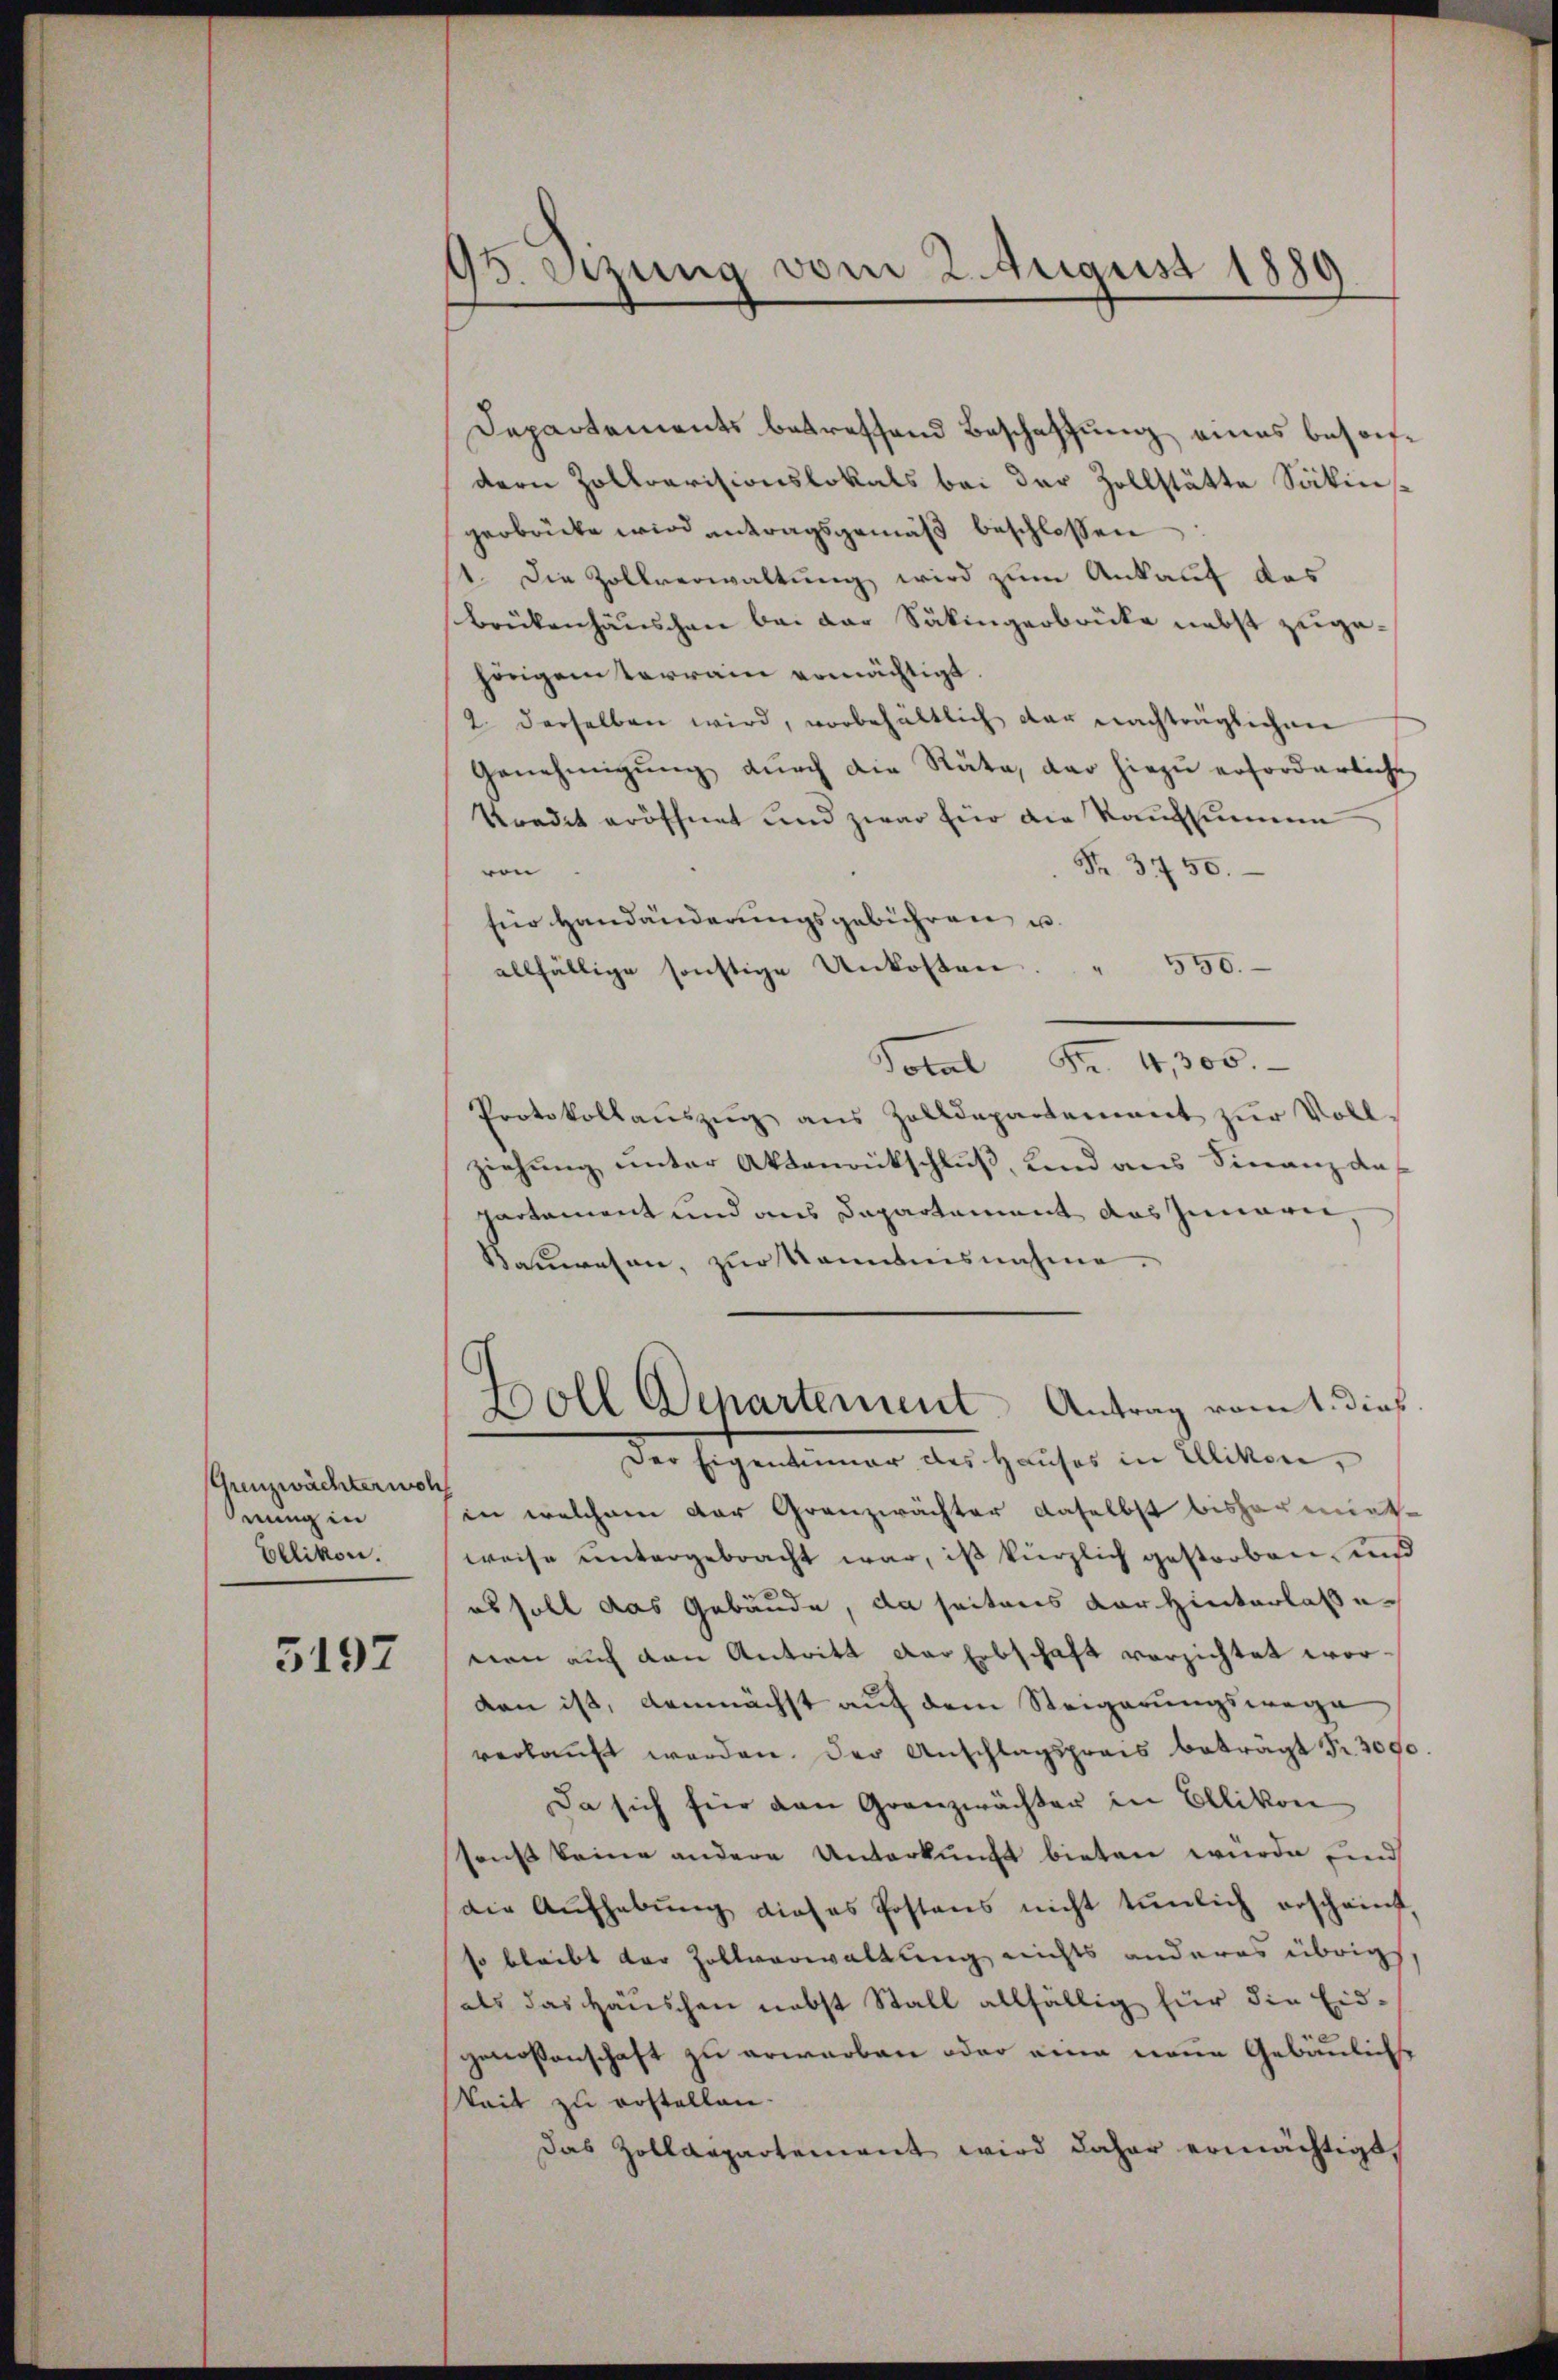
Grenzwächtersch
nung in
Ellikon.

5197

93. Szung vom 2. August 1889

Departements betreffend Beschaffung eines besondern Zollrevisionslokals bei der Zollstätte Säkinsgerbrücke wird antragsgemäß beschlossen
1. Die Zollverwaltung wird zum Ankauf das
Brückenhäuschen bei der Säkingerbrücke nebst zugehörigem terrain ermächtigt.
2. derselben wird, vorbehältlich der nachträglichen
Genehmigŭng dŭrch die Räte, der hiezŭ erforderliche
Sradet eröffnet und zwar für die Kaufsummen
Fr. 3750.
von
fir Handänderungsgebühren u.
" 550.
allfällige sonstige Unkosten
Total Fr. 4, 305.
Protokollauszug aus Zolldepartement zur Vollziehung unter Aktenrückschluß, und aus Finanz das
partament und aus Dapartement das Innarie,
Bauwesen, zur Kenntnisnahme.
Boll Departement. Antrag vom 1. dies
Der Eigentümer des Hauses in Ellikon,
in welchem der Granzwächter daselbst bisharmiete
weise untergebracht war, ist kürzlich gestorben, und
es soll das Gebäude, da seitens der Hinterlasse
nen auch den Antritt der Erbschaft verzichtet worden ist, demnächst auf dem Steigerungswege
verkauft werden. Der Anschlagspreis betragt Fr. 3000
Da sich für den Granzwächter in Ellikon
sonst keine andere Unterkunft bieten wurde und
(die Aufhebŭng dieses Postens nicht tunlich erscheint,
so bleibt der Zollverwaltung nichts anderes übrig,
als das Häuschen nebst Stall allfällig für die Eidgenoßenschaft zu erwarben oder eine neue Gebäuliche
keit zu erstellen.
Das Zolldepartement wird daher ermächtigt.